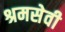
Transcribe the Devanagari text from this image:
श्रमसेवी